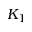
K _ { 1 }